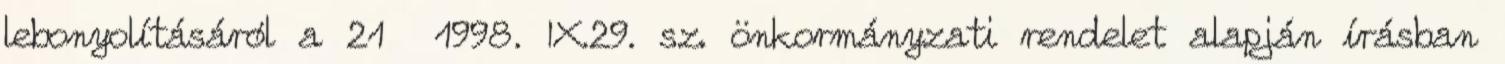
lebonyolításáról a 21 1998. IX.29. sz. önkormányzati rendelet alapján írásban